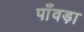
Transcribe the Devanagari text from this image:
पाँवड़ा